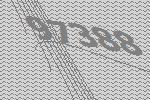
97388